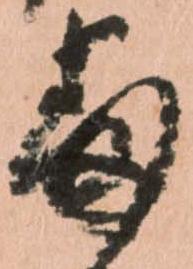
番